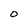
Character: 0